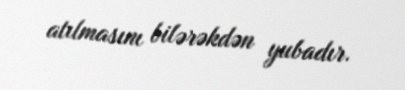
atılmasını bilərəkdən yubadır.